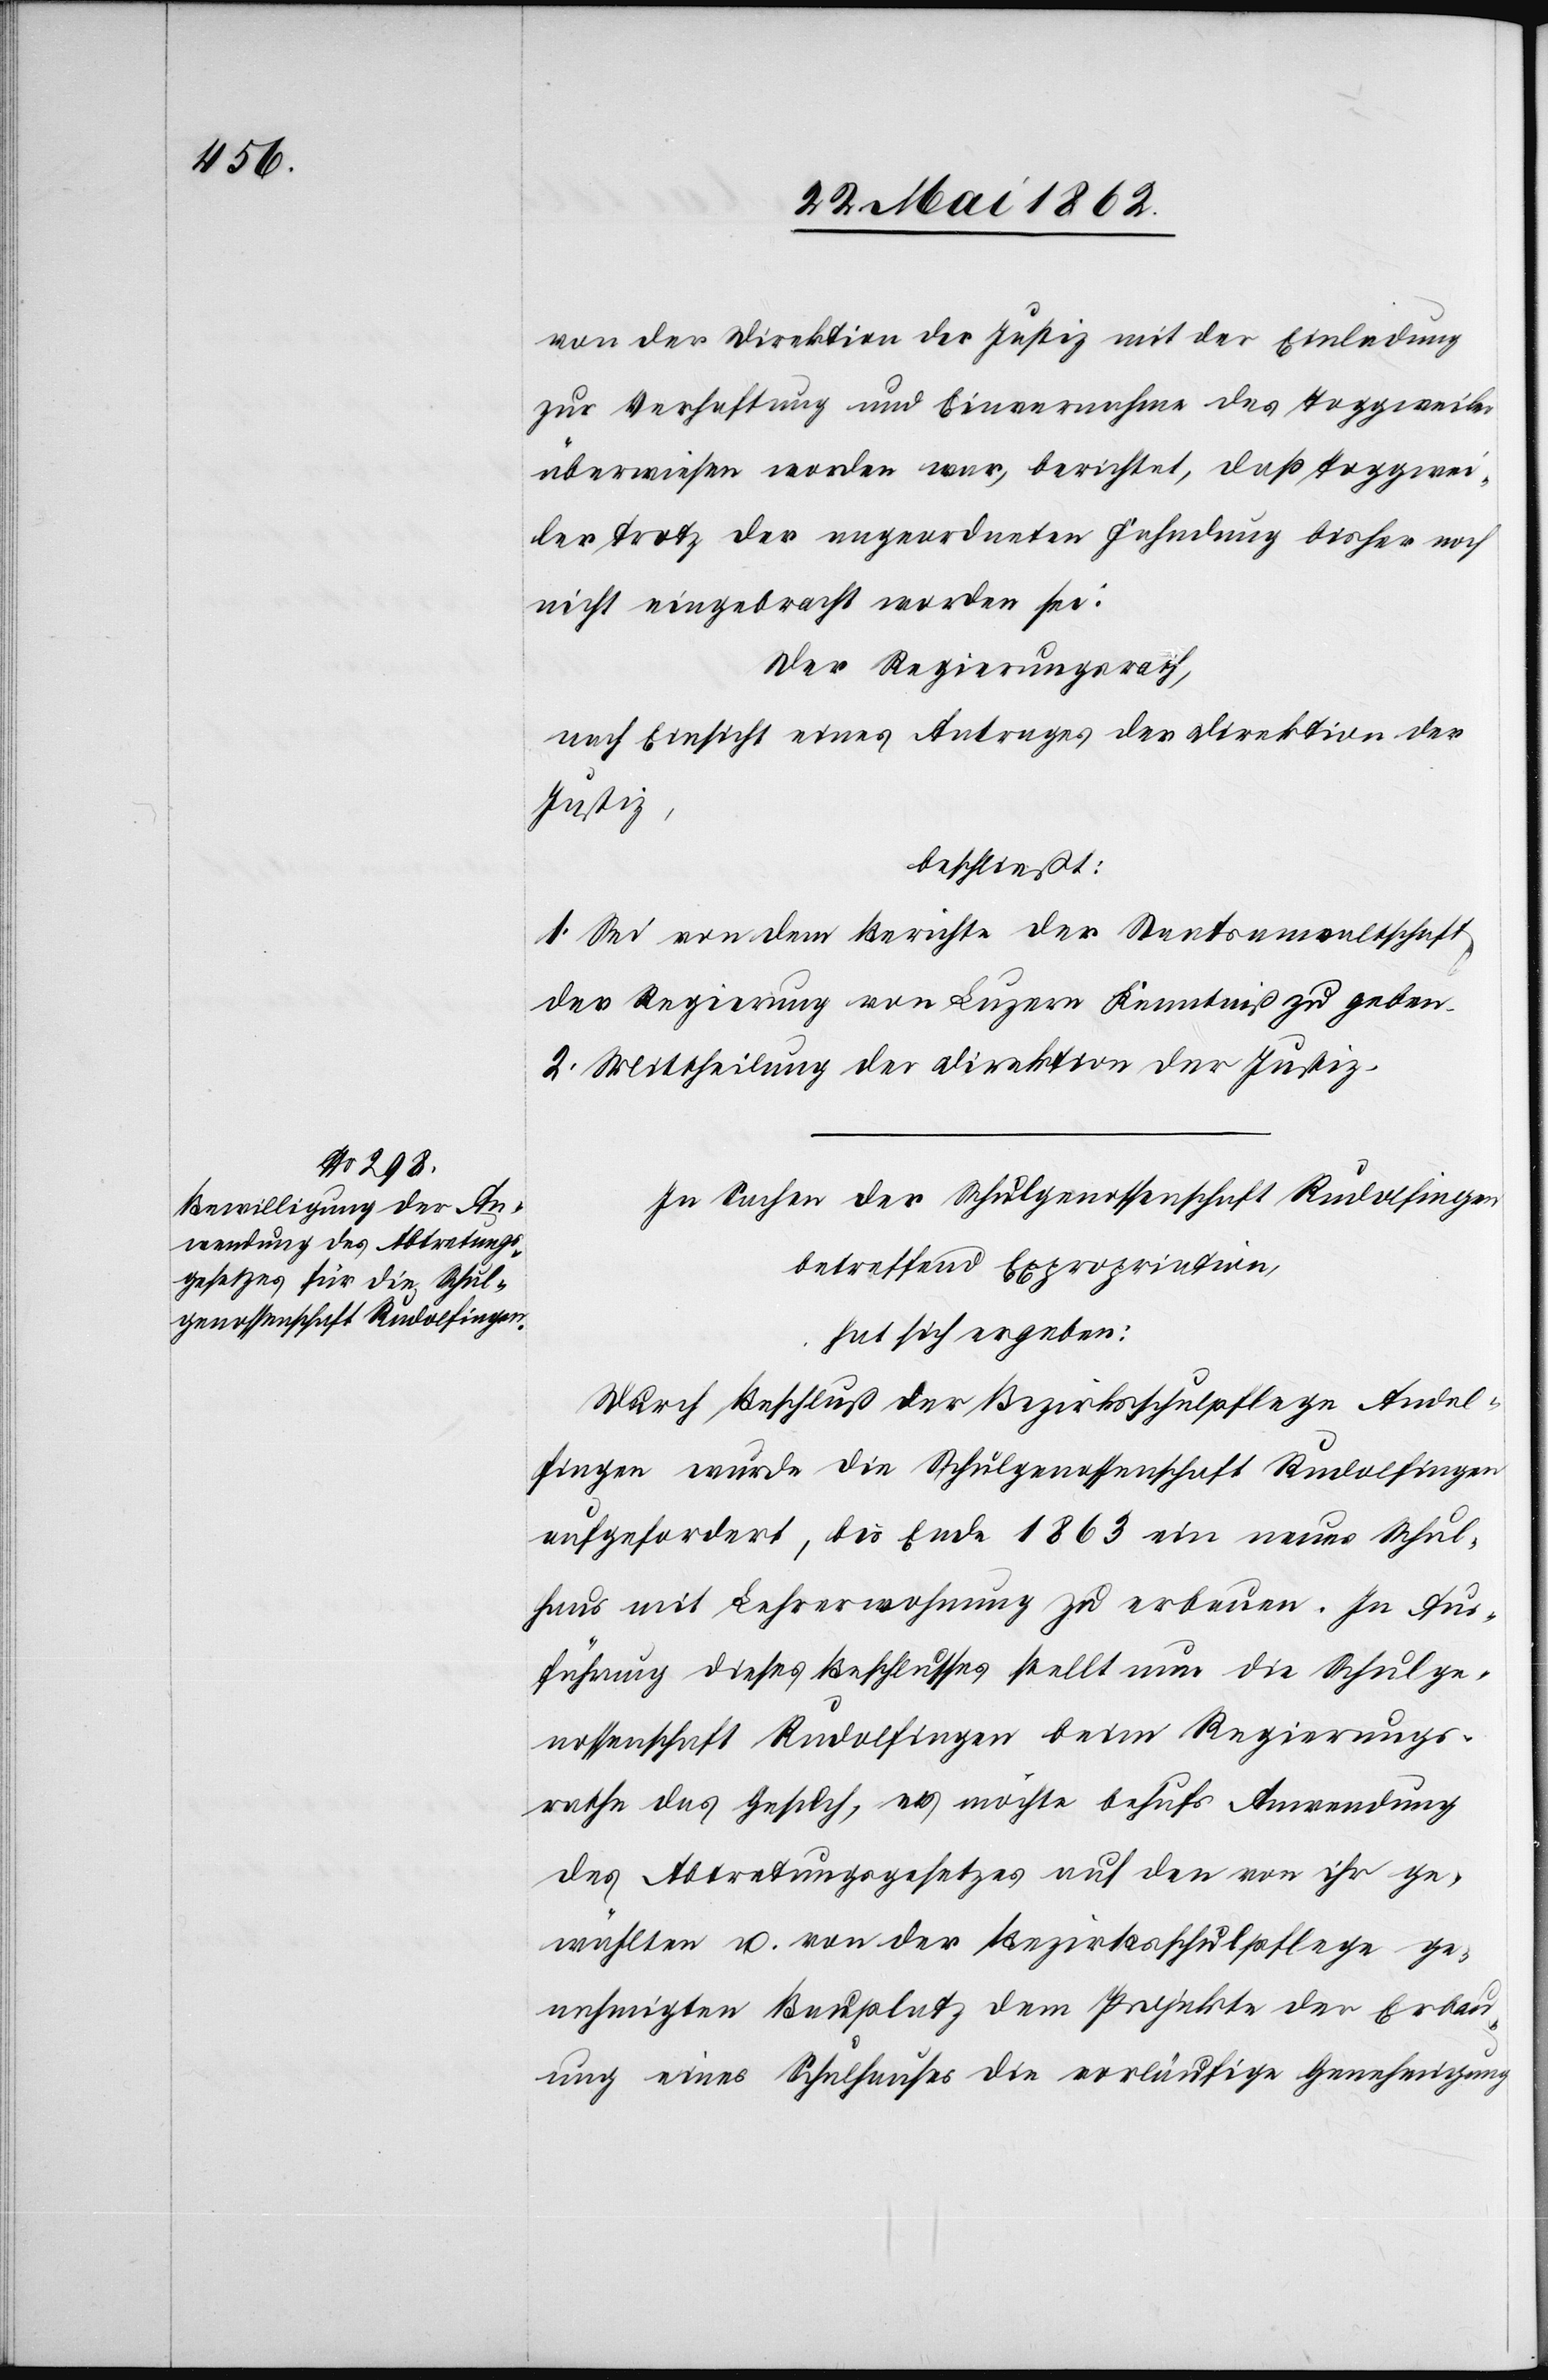
von der Direktion der Justiz mit der Einladung
zur Verhaftung und Einvernahme des Toggweiler
überwiesen worden war, berichtet, daß Toggwei¬
ler trotz der angeordneten Fahndung bisher noch
nicht eingebracht worden sei.
Der Regierungsrath,
nach Einsicht eines Antrages der Direktion der
Justiz,
beschließt:
1. Sei von dem Berichte der Staatsanwaltschaft
der Regierung von Luzern Kenntniß zu geben.
2. Mittheilung der Direktion der Justiz.
In Sachen der Schulgenossenschaft Rudolfingen
betreffend Expropriation,
hat sich ergeben:
Durch Beschluß der Bezirksschulpflege Andel¬
fingen wurde die Schulgenossenschaft Rudolfingen
aufgefordert, bis Ende 1863 ein neues Schul¬
haus mit Lehrerwohnung zu erbauen. In Au¬
sführung dieses Beschlusses stellt nun die Schulge¬
nossenschaft Rudolfingen beim Regierungs¬
rathe das Gesuch, es möchte behufs Anwendung
des Abtretungsgesetzes auf den von ihr ge¬
wählten u. von der Bezirksschulpflege ge¬
nehmigten Bauplatz dem Projekte der Erbau¬
ung eines Schulhauses die vorläufige Genehmigung